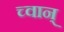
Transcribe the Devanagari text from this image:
च्वान्